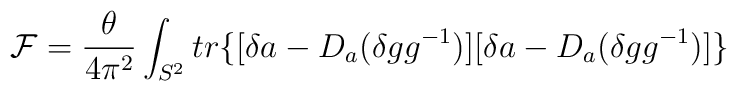
{\cal F}=\frac {\theta}{4\pi^2}\int_{S^2}tr\{[\delta a-D_a(\delta gg^{-1})][\delta a-D_a(\delta gg^{-1})]\}